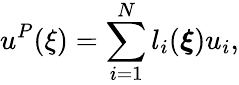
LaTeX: u^{P}(\mathbf{\xi})=\sum_{i=1}^{N}l_{i}(\boldsymbol{\xi})u_{i},